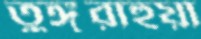
তুঙ্গুরাহুয়া